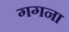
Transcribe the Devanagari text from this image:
गगना